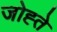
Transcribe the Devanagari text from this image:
जोह्ते